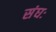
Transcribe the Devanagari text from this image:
संघः